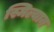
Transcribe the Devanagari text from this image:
स्मिल्यान